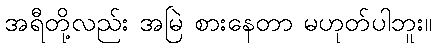
အရီတို့လည်း အမြဲ စားနေတာ မဟုတ်ပါဘူး။